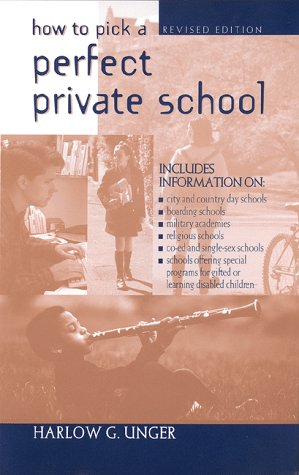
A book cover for How to Pick a Perfect Private School (Revised); Harlow Giles Unger; Test Preparation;